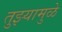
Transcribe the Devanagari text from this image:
तुझ्यामुळे